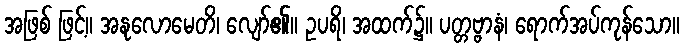
အဖြစ် ဖြင့်။ အနုလောမေတိ၊ လျော်၏။ ဥပရိ၊ အထက်၌။ ပတ္တဗ္ဗာနံ၊ ရောက်အပ်ကုန်သော။